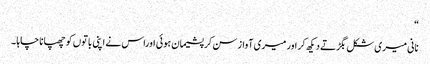
“
نانی میری شکل بگڑتے دیکھ کر اور میری آواز سن کر پشیمان ہوئی اوراس نے اپنی باتوں کو چھپانا چاہا ۔